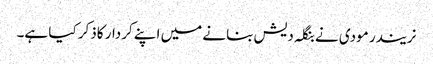
نریندر مودی نے بنگلہ دیش بنانے میں اپنے کردار کاذکر کیا ہے۔